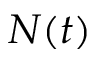
N ( t )